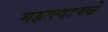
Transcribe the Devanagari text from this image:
महत्त्वाच्चे